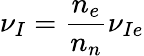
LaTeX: {\nu_{I}}=\frac{n_{e}}{n_{n}}\nu_{Ie}